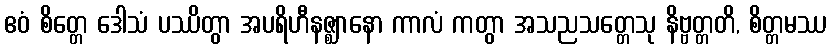
ဧဝံ စိတ္တေ ဒေါသံ ပဿိတွာ အပရိဟီနဇ္ဈာနော ကာလံ ကတွာ အသညသတ္တေသု နိဗ္ဗတ္တတိ, စိတ္တမဿ